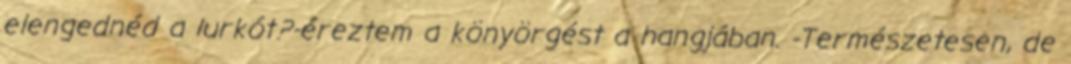
elengednéd a lurkót?-éreztem a könyörgést a hangjában. -Természetesen, de